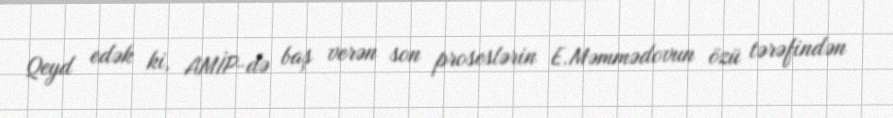
Qeyd edək ki, AMİP-də baş verən son proseslərin E.Məmmədovun özü tərəfindən